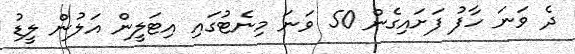
ދެ ވަނަ ހާފު ފަށައިގެން 50 ވަނަ މިނެޓުގައި އިޓަލީން އަލުން ލީޑު